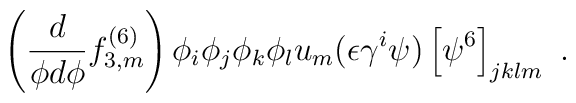
\left( \frac{d}{\phi d \phi} f^{(6)}_{3,m} \right) \phi_i \phi_j \phi_k \phi_l u_m  (\epsilon \gamma^i \psi ) \left[ \psi^6 \right]_{jklm} \ .